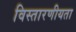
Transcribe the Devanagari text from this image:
विस्तारणीयता